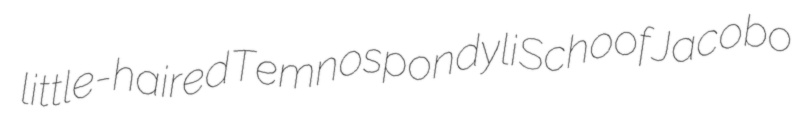
little-haired Temnospondyli Schoof Jacobo